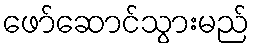
ဖော်ဆောင်သွားမည်